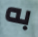
به